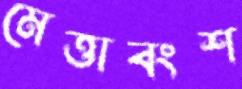
মেত্তাবংশ